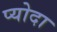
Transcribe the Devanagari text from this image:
प्योदा